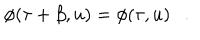
\phi ( \tau + \beta , u ) = \phi ( \tau , u ) .